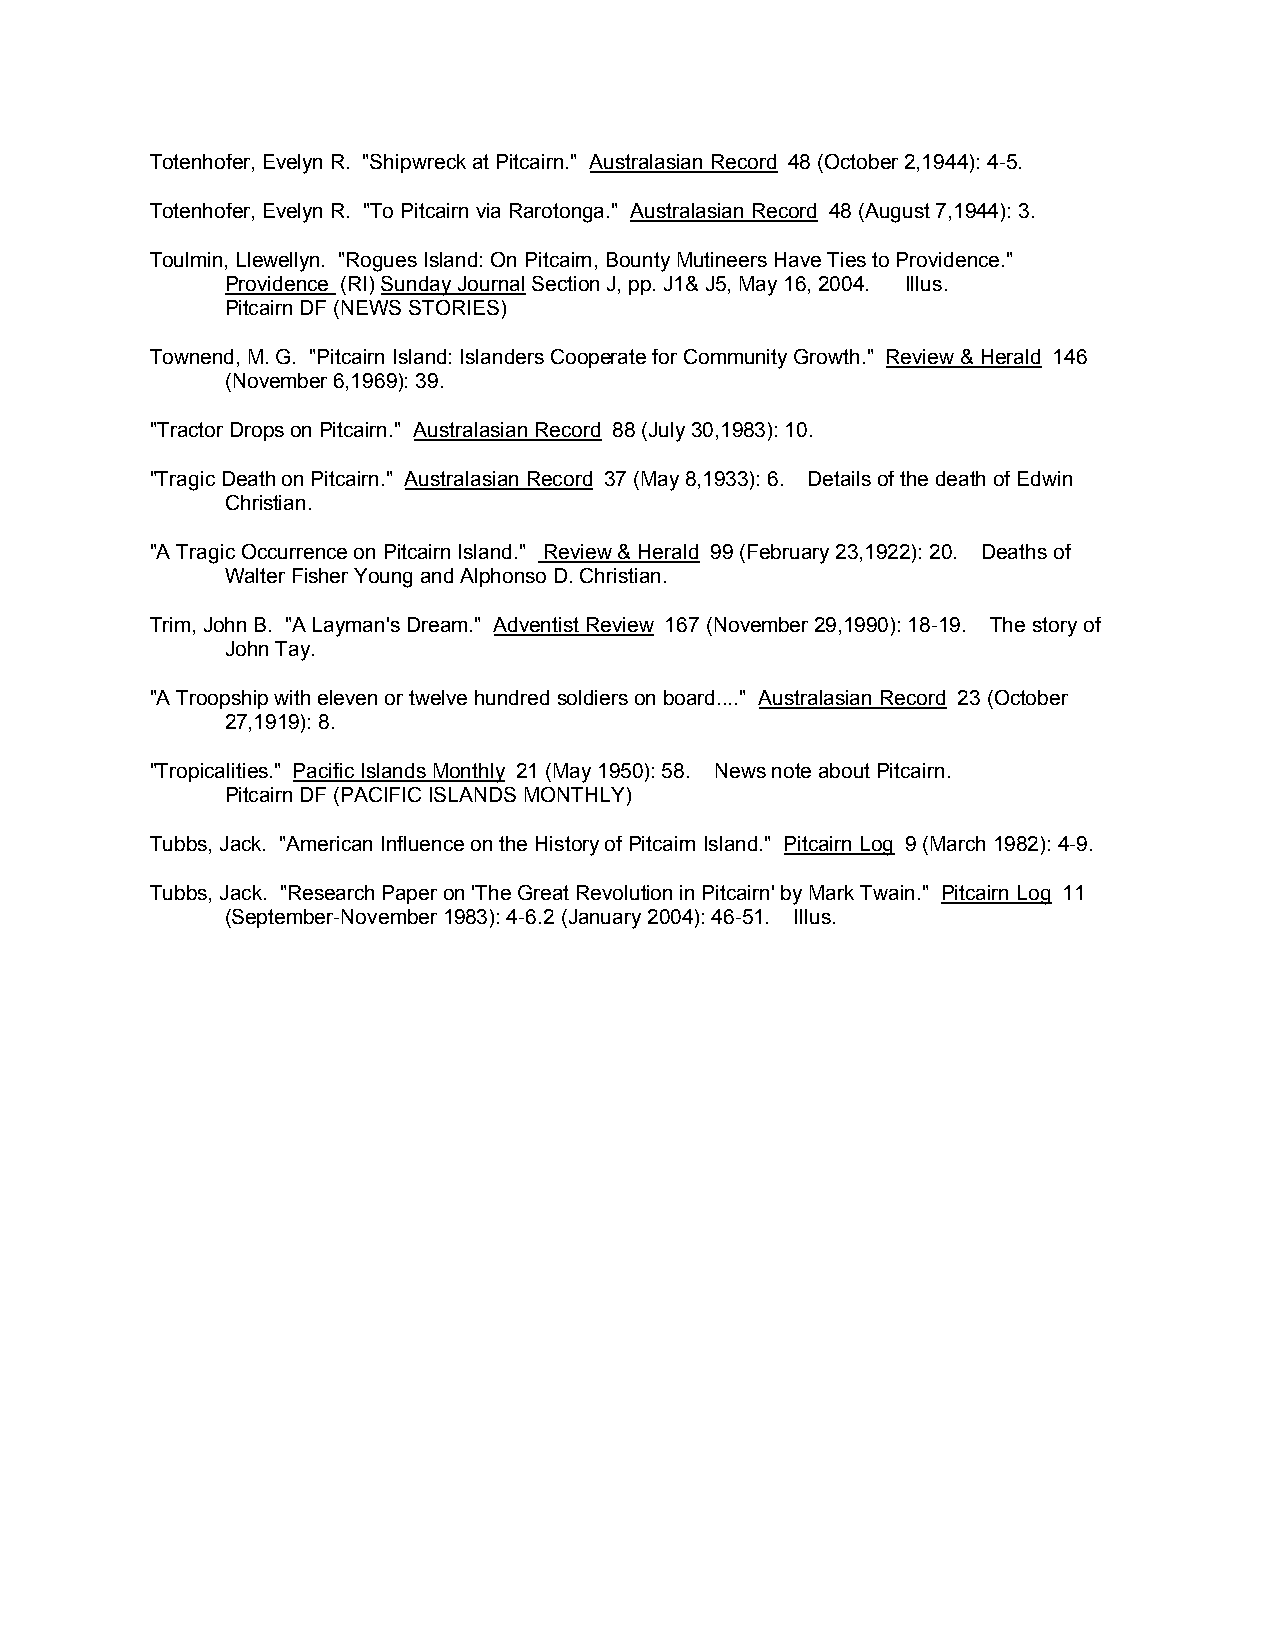
Totenhofer, Evelyn R. "Shipwreck at Pitcairn." Australasian Record 48 (October 2,1944): 4-5.
 Totenhofer, Evelyn R. "To Pitcairn via Rarotonga." Australasian Record 48 (August 7,1944): 3.
 Toulmin, Llewellyn. "Rogues Island: On Pitcairn, Bounty Mutineers Have Ties to Providence."
 Providence (RI) Sunday Journal Section J, pp. J1& J5, May 16, 2004. Illus.
 Pitcairn DF (NEWS STORIES)
 Townend, M. G. "Pitcairn Island: Islanders Cooperate for Community Growth." Review & Herald 146
 (November 6,1969): 39.
 "Tractor Drops on Pitcairn." Australasian Record 88 (July 30,1983): 10.
 "Tragic Death on Pitcairn." Australasian Record 37 (May 8,1933): 6. Details of the death of Edwin
 Christian.
 "A Tragic Occurrence on Pitcairn Island." Review & Herald 99 (February 23,1922): 20. Deaths of
 Walter Fisher Young and Alphonso D. Christian.
 Trim, John B. "A Layman's Dream." Adventist Review 167 (November 29,1990): 18-19. The story of
 John Tay.
 "A Troopship with eleven or twelve hundred soldiers on board...." Australasian Record 23 (October
 27,1919): 8.
 "Tropicalities." Pacific Islands Monthly 21 (May 1950): 58. News note about Pitcairn.
 Pitcairn DF (PACIFIC ISLANDS MONTHLY)
 Tubbs, Jack. "American Influence on the History of Pitcairn Island." Pitcairn Log 9 (March 1982): 4-9.
 Tubbs, Jack. "Research Paper on 'The Great Revolution in Pitcairn' by Mark Twain." Pitcairn Log 11
 (September-November 1983): 4-6.2 (January 2004): 46-51. Illus.